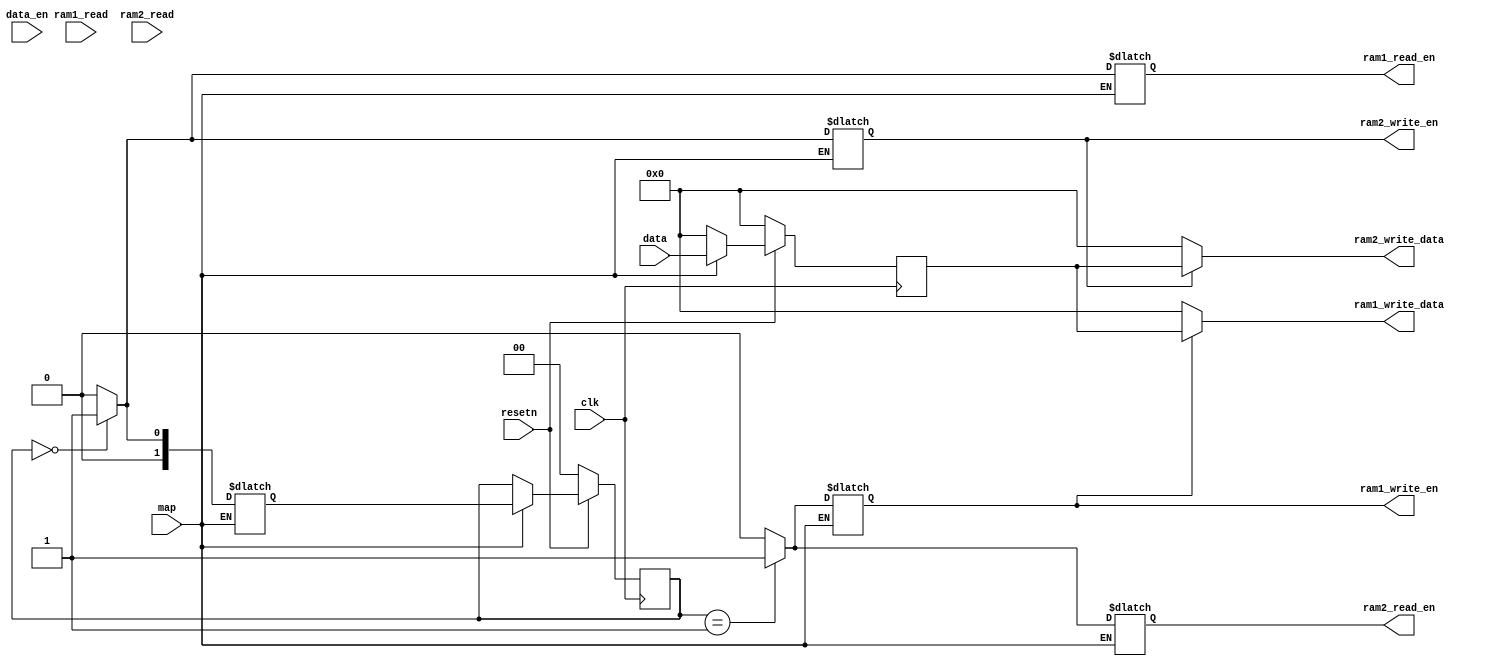
module double_buffering(input clk, 
input resetn,
input [7:0] ram1_read, 
input [7:0] ram2_read, 
input data_en, 
input [7:0]data,
input map, 
output reg ram1_write_en, 
output reg ram1_read_en, 
output  [7:0] ram1_write_data, 
output reg ram2_write_en, 
output reg ram2_read_en,  
output wire [7:0] ram2_write_data);

parameter  WRITE_RAM2_READ_RAM1 = 2'b0,
			  WRITE_RAM1_READ_RAM2 = 2'b1;
			  
reg [1:0] current, next;
reg [7:0] data_in_reg;


assign ram1_write_data = (ram1_write_en == 1'b1) ? data_in_reg: 8'd0;
assign ram2_write_data = (ram2_write_en == 1'b1) ? data_in_reg: 8'd0;
		  
always@(posedge clk)
if(!resetn)
data_in_reg <= 8'd0;
else if (map)
data_in_reg <= data;
else
data_in_reg <= 8'd0;

initial begin
	current <= WRITE_RAM2_READ_RAM1;
	data_in_reg <= 8'b0;
end


always@(*)			  
	begin
	if(map)
	begin
	case(current)
	WRITE_RAM2_READ_RAM1 : next <= WRITE_RAM1_READ_RAM2;
	WRITE_RAM1_READ_RAM2 : next <= WRITE_RAM2_READ_RAM1;
	default: next <= WRITE_RAM2_READ_RAM1;
 
	endcase
	end
	end
	
always@(posedge clk)
if(!resetn) current <= WRITE_RAM2_READ_RAM1;
else if(map) current <= next;

always@(*)
if(map)
begin
ram1_write_en <= 1'b0;
ram2_write_en <= 1'b0;
ram1_read_en <= 1'b0;
ram2_read_en <= 1'b0;
case(current)

WRITE_RAM2_READ_RAM1:
begin
ram2_write_en <= 1'b1;
ram1_read_en <= 1'b1;
end

WRITE_RAM1_READ_RAM2:
begin
ram1_write_en <= 1'b1;
ram2_read_en <= 1'b1;
end
endcase
end

endmodule